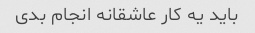
باید یه کار عاشقانه انجام بدی